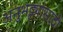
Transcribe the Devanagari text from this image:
अनुभट्ट्यांसाठी